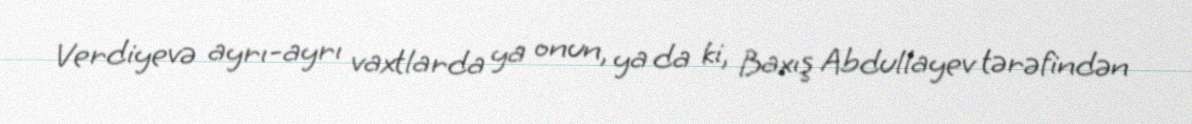
Verdiyevə ayrı-ayrı vaxtlarda ya onun, ya da ki, Baxış Abdullayev tərəfindən